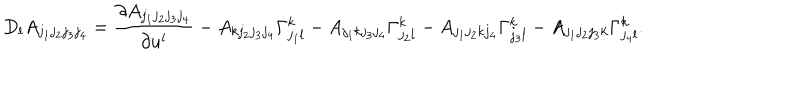
LaTeX: D _ { l } A _ { j _ { 1 } j _ { 2 } j _ { 3 } j _ { 4 } } = \frac { \partial A _ { j _ { 1 } j _ { 2 } j _ { 3 } j _ { 4 } } } { \partial u ^ { l } } - A _ { k j _ { 2 } j _ { 3 } j _ { 4 } } \Gamma _ { j _ { 1 } l } ^ { k } - A _ { j _ { 1 } k j _ { 3 } j _ { 4 } } \Gamma _ { j _ { 2 } l } ^ { k } - A _ { j _ { 1 } j _ { 2 } k j _ { 4 } } \Gamma _ { j _ { 3 } l } ^ { k } - A _ { j _ { 1 } j _ { 2 } j _ { 3 } k } \Gamma _ { j _ { 4 } l } ^ { k } .